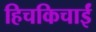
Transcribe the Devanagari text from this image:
हिचकिचाईं